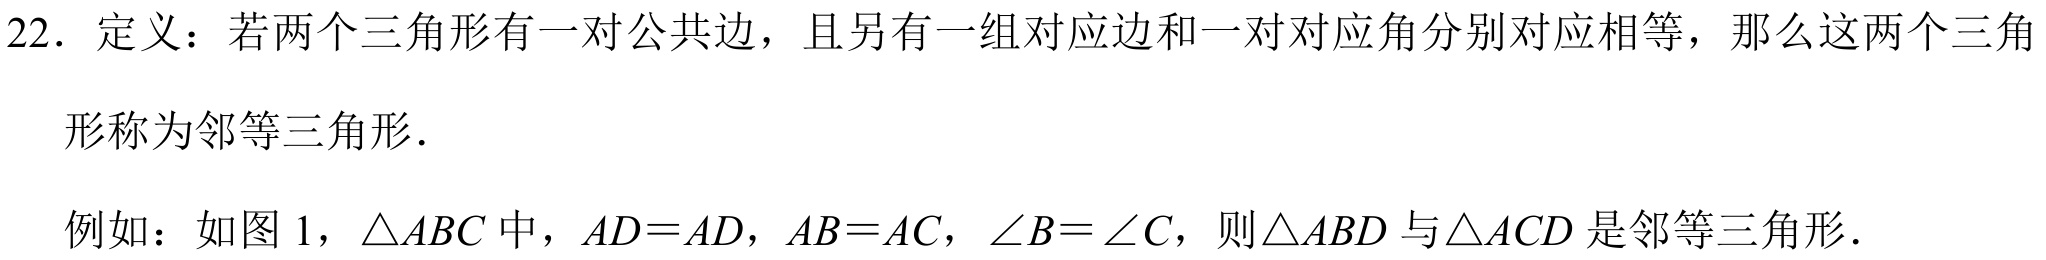
22．定义：若两个三角形有一对公共边，且另有一组对应边和一对对应角分别对应相等，那么这两个三角形称为邻等三角形．
例如：如图 1，$\triangle ABC$中，$AD = AD$，$AB = AC$，$\angle B=\angle C$，则$\triangle ABD$与$\triangle ACD$是邻等三角形．